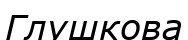
Глушкова